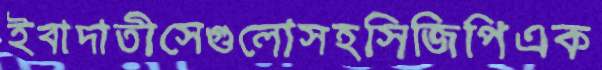
ইবাদাতীসেগুলোসহসিজিপিএক